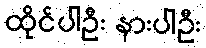
ထိုင်ပါဦး နားပါဦး